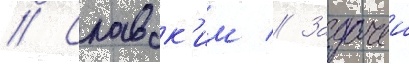
// Славск'им // Задачеи